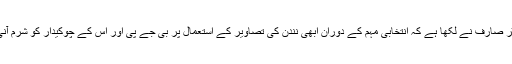
ایک ٹوئٹر صارف نے لکھا ہے کہ انتخابی مہم کے دوران ابھی نندن کی تصاویر کے استعمال پر بی جے پی اور اس کے چوکیدار کو شرم آنی چاہئے۔